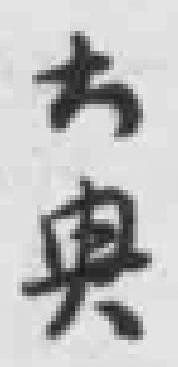
大*